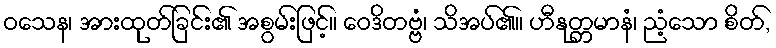
ဝသေန၊ အားထုတ်ခြင်း၏ အစွမ်းဖြင့်။ ဝေဒိတဗ္ဗံ၊ သိအပ်၏။ ဟီနုတ္တမာနံ၊ ညံ့သော စိတ်,